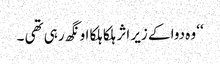
‘‘ وہ دوا کے زیر اثر ہلکا ہلکا اونگھ رہی تھی ۔